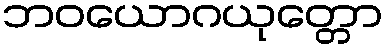
ဘဝယောဂယုတ္တော